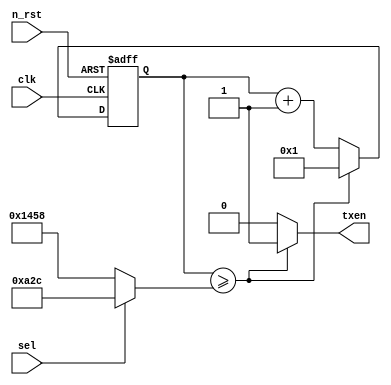
module gen_en(
    clk,
    n_rst,
    sel,
    txen
);

input clk;
input n_rst;
input sel;

output txen;

localparam MAX9600 = 16'h1458;
localparam MAX19200 = 16'h0A2C;

wire [15:0] max;

assign max = (sel == 1'b0) ? MAX9600 : MAX19200;

reg [15:0] c_cnt;
reg [15:0] n_cnt;

always @(posedge clk or negedge n_rst) begin
    if(!n_rst) begin
        c_cnt <= 16'h0001;
    end
    else begin
        c_cnt <= n_cnt;
    end
end

always @(c_cnt or max) begin
    n_cnt = (c_cnt >= max) ? 16'h0001 : c_cnt + 16'h0001;
end

assign txen = (c_cnt >= max) ? 1'b1 : 1'b0;

endmodule